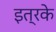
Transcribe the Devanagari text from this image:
इत्रके